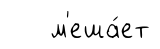
м'еша́ет